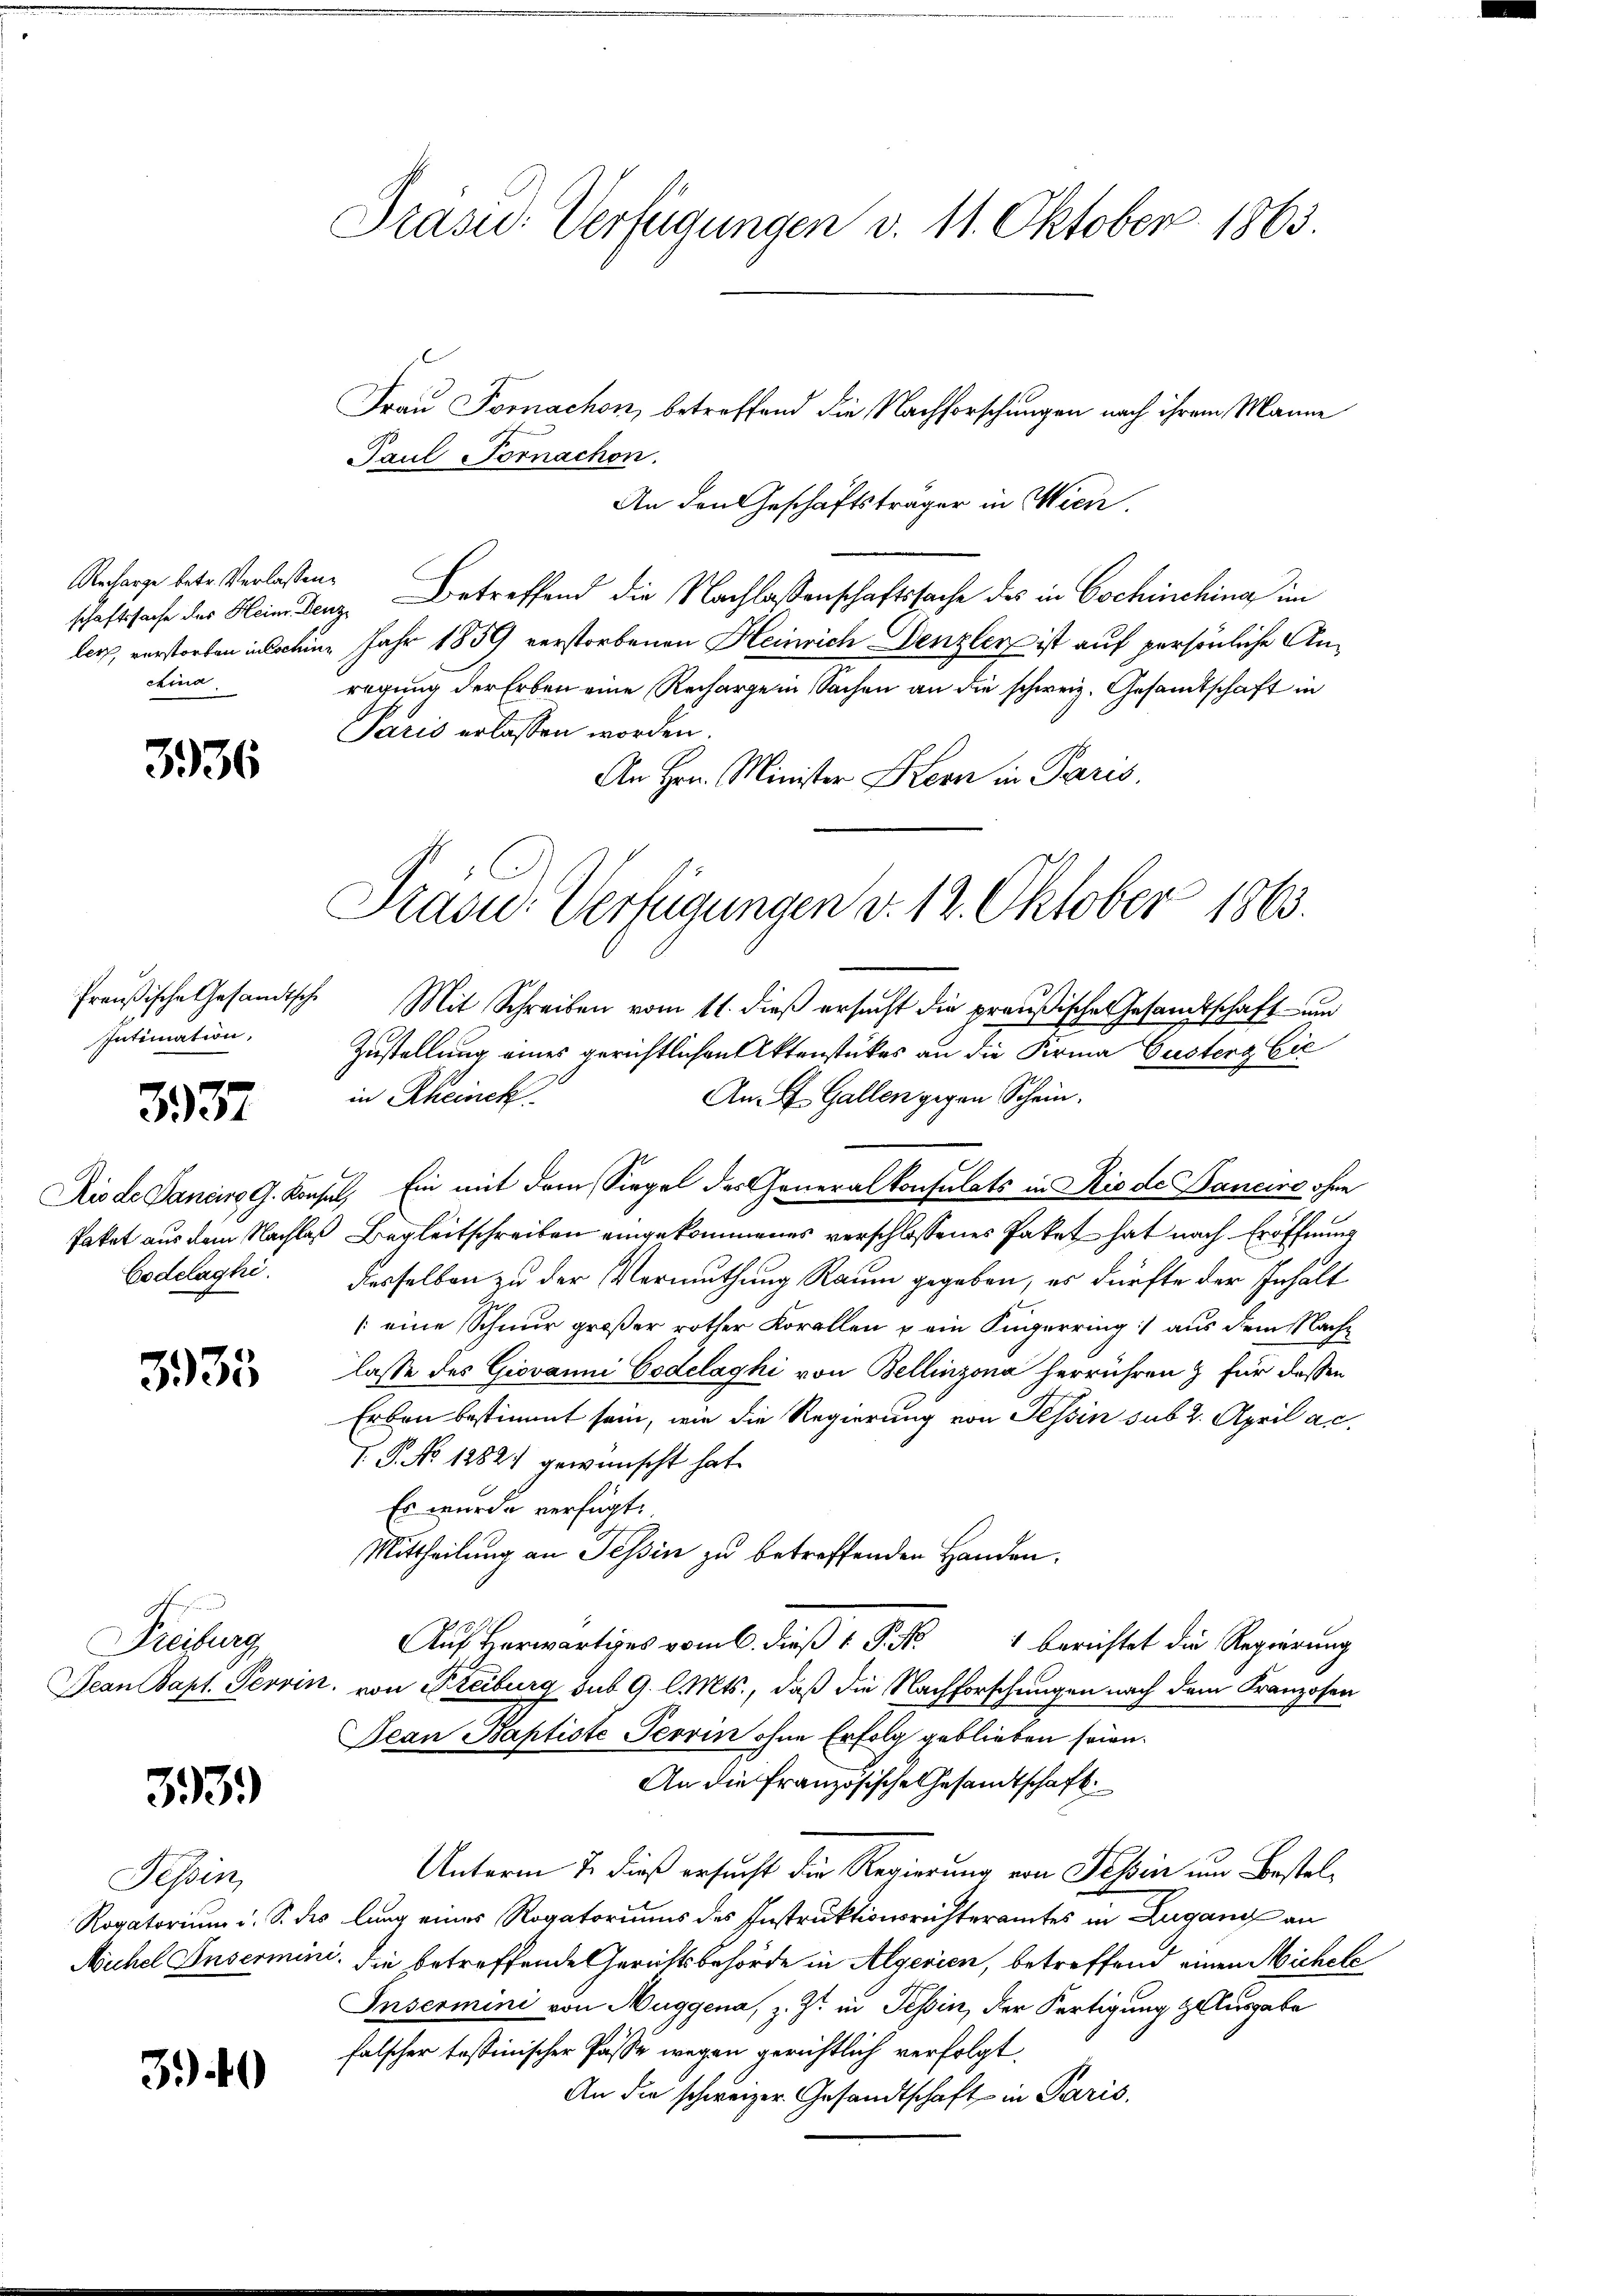
schaftssache des Heinr. Denz
cina

3936

Intimation,

3937

Codelaghi.

3935

Prechung

393.)

Tessin,

3.40

Präsid. Verfügungen d. 11. Oktober 1865.

Frau Fornachon, betreffend die Nachforschungen nach ihrem Manne
Paul Fornachen.
An den Geschäftsträger in Wien.
Recharge betr. Verlassen. Betreffend die Nachlassenschaftssache des in Cochinchina im
ler, verstorben inschein Jahr 1859 verstorbenen Heinrich Denzler ist auf persönliche Anregung der Erben eine Recharge in Sachen an die schweiz. Gesamtschaft in
Paris erlassen worden.
An Hrn. Minister Hern in Paris.
freußische Gesandtsche Mit Schreiben vom 11. dieß ersucht die preußische Gesandtschaft- und
Zustellung eines gerichtlichen Aktenstückes an die Firma Gusters bie
in Rheinck
Am 4. Gallen gegen Schein.
Rio de Janeiro G. Konsul, Ein mit dem Siegel des Generalkonsulats in Rio de Baneiro ohne
Paket aus dem Nachlaß Begleitschreiben eingekommenes verschlossenes Paket hat nach Eröffnung
desselben zu der Vermuthung Raum gegeben, es dürfte der Inhalt
(eine Schnur großer rother Korellen u ein Kugerring aus dem Nachlasse des Giovanni Codelaghi von Bellinzona herrühren & für dassen
Erben bestimmt sein, wie die Regierung von Tessin sub 2. April a. c.
V. P. No 1282) gewünscht hat.
Es wurde verfügt:
Mittheilung an Tessin zu betreffenden Handen.
Auf herwärtiges vom 6. dieß v. P. M.
1 berichtet die Regierung
Jean Bapt. Perrin, von Freiburg sub 9. l. Mts., daß die Nachforschungen nach dem Franzosen
Jean Baptiste Terrin ohne Erfolg geblieben seien.
An die französische Gesandtschaft
Unterm 7. dieß ersucht die Regierung von Tessin um Bestel¬
Rogatorium u. S. des lang eines Rogatoriums des Instruktionsrichteramtes in Lugang an
Muhel Unsermini die betreffende Gerichtsbehörde in Algerien, betreffend einen Michele
Insermini von Huggena, z. Zt. in Tessin, der Fertigung ausgabe
falscher tessinischer Pässe wegen gerichtlich verfolgt.
An die schweizer. Gesandtschaft in Paris,

Präsid.: Verfügungen v. 12. Oktober 1863.